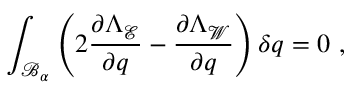
\int _ { \mathcal { B } _ { \alpha } } \left( 2 \frac { \partial \Lambda _ { \mathcal { E } } } { \partial \boldsymbol { q } } - \frac { \partial \Lambda _ { \mathcal { W } } } { \partial \boldsymbol { q } } \right) \boldsymbol { \delta q } = 0 \ ,